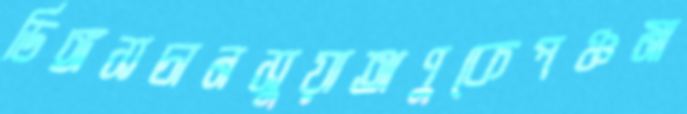
ডিঙ্গসচানসুয়াঅণুকেপঞ্চমা